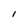
Character: l